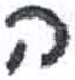
אות: ה